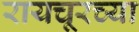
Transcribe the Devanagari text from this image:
रायचूरच्या